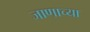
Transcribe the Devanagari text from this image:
जाणाच्या